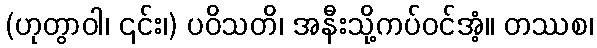
(ဟုတွာဝါ၊ ၎င်း၊) ပဝိသတိ၊ အနီးသို့ကပ်ဝင်အံ့။ တဿစ၊